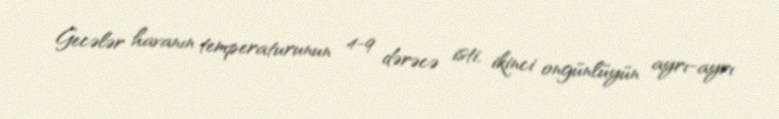
Gecələr havanın temperaturunun 4-9 dərəcə isti, ikinci ongünlüyün ayrı-ayrı